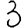
Digit: 3